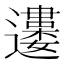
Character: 𨘒